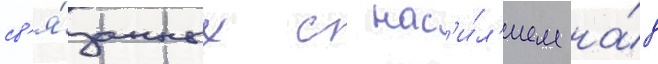
св'я́занных с нас'и́л'ием на́д